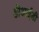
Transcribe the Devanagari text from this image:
डीआईडी